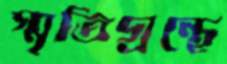
স্মৃতিগ্রন্থে